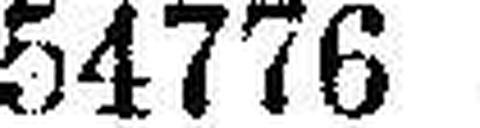
54776